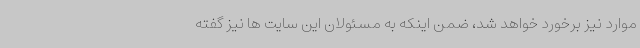
موارد نیز برخورد خواهد شد، ضمن اینکه به مسئولان این سایت ها نیز گفته